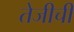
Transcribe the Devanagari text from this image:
तेजीची